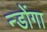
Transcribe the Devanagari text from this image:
न्डोंगा